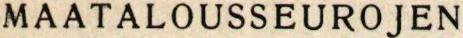
MAATALOUSSEUROJEN